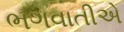
ભગવાતીએ